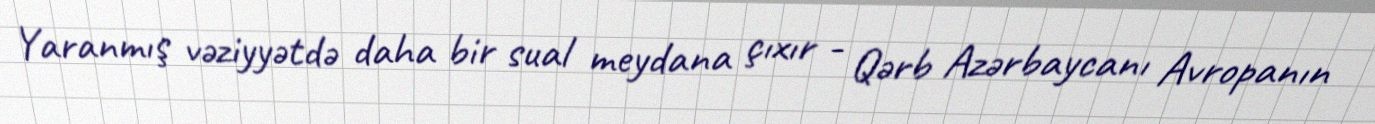
Yaranmış vəziyyətdə daha bir sual meydana çıxır - Qərb Azərbaycanı Avropanın